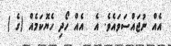
އެއް ނުޖައްސަވައެވެ. އެ  އެއް ހޯދި ހެޔޮކަމެއް (ގެ )